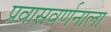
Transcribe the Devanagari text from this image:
प्रवासवर्णनाला